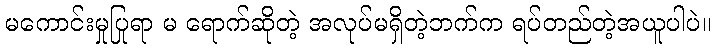
မကောင်းမှုပြုရာ မ ရောက်ဆိုတဲ့ အလုပ်မရှိတဲ့ဘက်က ရပ်တည်တဲ့အယူပါပဲ။